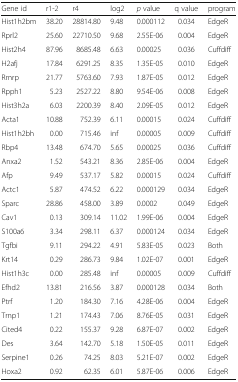
<table><thead><tr><td><b>Gene id</b></td><td><b>r1-2</b></td><td><b>r4</b></td><td><b>log2</b></td><td><b><i>p</i> value</b></td><td><b>q value</b></td><td><b>program</b></td></tr></thead><tbody><tr><td>Hist1h2bm</td><td>38.20</td><td>28814.80</td><td>9.48</td><td>0.000112</td><td>0.034</td><td>EdgeR</td></tr><tr><td>Rprl2</td><td>25.60</td><td>22710.50</td><td>9.68</td><td>2.55E-06</td><td>0.004</td><td>EdgeR</td></tr><tr><td>Hist2h4</td><td>87.96</td><td>8685.48</td><td>6.63</td><td>0.00025</td><td>0.036</td><td>Cuffdiff</td></tr><tr><td>H2afj</td><td>17.84</td><td>6291.25</td><td>8.35</td><td>1.35E-05</td><td>0.010</td><td>EdgeR</td></tr><tr><td>Rmrp</td><td>21.77</td><td>5763.60</td><td>7.93</td><td>1.87E-05</td><td>0.012</td><td>EdgeR</td></tr><tr><td>Rpph1</td><td>5.23</td><td>2527.22</td><td>8.80</td><td>9.54E-06</td><td>0.008</td><td>EdgeR</td></tr><tr><td>Hist3h2a</td><td>6.03</td><td>2200.39</td><td>8.40</td><td>2.09E-05</td><td>0.012</td><td>EdgeR</td></tr><tr><td>Acta1</td><td>10.88</td><td>752.39</td><td>6.11</td><td>0.00015</td><td>0.024</td><td>Cuffdiff</td></tr><tr><td>Hist1h2bh</td><td>0.00</td><td>715.46</td><td>inf</td><td>0.00005</td><td>0.009</td><td>Cuffdiff</td></tr><tr><td>Rbp4</td><td>13.48</td><td>674.70</td><td>5.65</td><td>0.00025</td><td>0.036</td><td>Cuffdiff</td></tr><tr><td>Anxa2</td><td>1.52</td><td>543.21</td><td>8.36</td><td>2.85E-06</td><td>0.004</td><td>EdgeR</td></tr><tr><td>Afp</td><td>9.49</td><td>537.17</td><td>5.82</td><td>0.00015</td><td>0.024</td><td>Cuffdiff</td></tr><tr><td>Actc1</td><td>5.87</td><td>474.52</td><td>6.22</td><td>0.000129</td><td>0.034</td><td>EdgeR</td></tr><tr><td>Sparc</td><td>28.86</td><td>458.00</td><td>3.89</td><td>0.0002</td><td>0.049</td><td>EdgeR</td></tr><tr><td>Cav1</td><td>0.13</td><td>309.14</td><td>11.02</td><td>1.99E-06</td><td>0.004</td><td>EdgeR</td></tr><tr><td>S100a6</td><td>3.34</td><td>298.11</td><td>6.37</td><td>0.000124</td><td>0.034</td><td>EdgeR</td></tr><tr><td>Tgfbi</td><td>9.11</td><td>294.22</td><td>4.91</td><td>5.83E-05</td><td>0.023</td><td>Both</td></tr><tr><td>Krt14</td><td>0.29</td><td>286.73</td><td>9.84</td><td>1.02E-07</td><td>0.001</td><td>EdgeR</td></tr><tr><td>Hist1h3c</td><td>0.00</td><td>285.48</td><td>inf</td><td>0.00005</td><td>0.009</td><td>Cuffdiff</td></tr><tr><td>Efhd2</td><td>13.81</td><td>216.56</td><td>3.87</td><td>0.000128</td><td>0.034</td><td>Both</td></tr><tr><td>Ptrf</td><td>1.20</td><td>184.30</td><td>7.16</td><td>4.28E-06</td><td>0.004</td><td>EdgeR</td></tr><tr><td>Trnp1</td><td>1.21</td><td>174.43</td><td>7.06</td><td>8.76E-05</td><td>0.031</td><td>EdgeR</td></tr><tr><td>Cited4</td><td>0.22</td><td>155.37</td><td>9.28</td><td>6.87E-07</td><td>0.002</td><td>EdgeR</td></tr><tr><td>Des</td><td>3.64</td><td>142.70</td><td>5.18</td><td>1.50E-05</td><td>0.011</td><td>EdgeR</td></tr><tr><td>Serpine1</td><td>0.26</td><td>74.25</td><td>8.03</td><td>5.21E-07</td><td>0.002</td><td>EdgeR</td></tr><tr><td>Hoxa2</td><td>0.92</td><td>62.35</td><td>6.01</td><td>5.87E-06</td><td>0.006</td><td>EdgeR</td></tr></tbody></table>